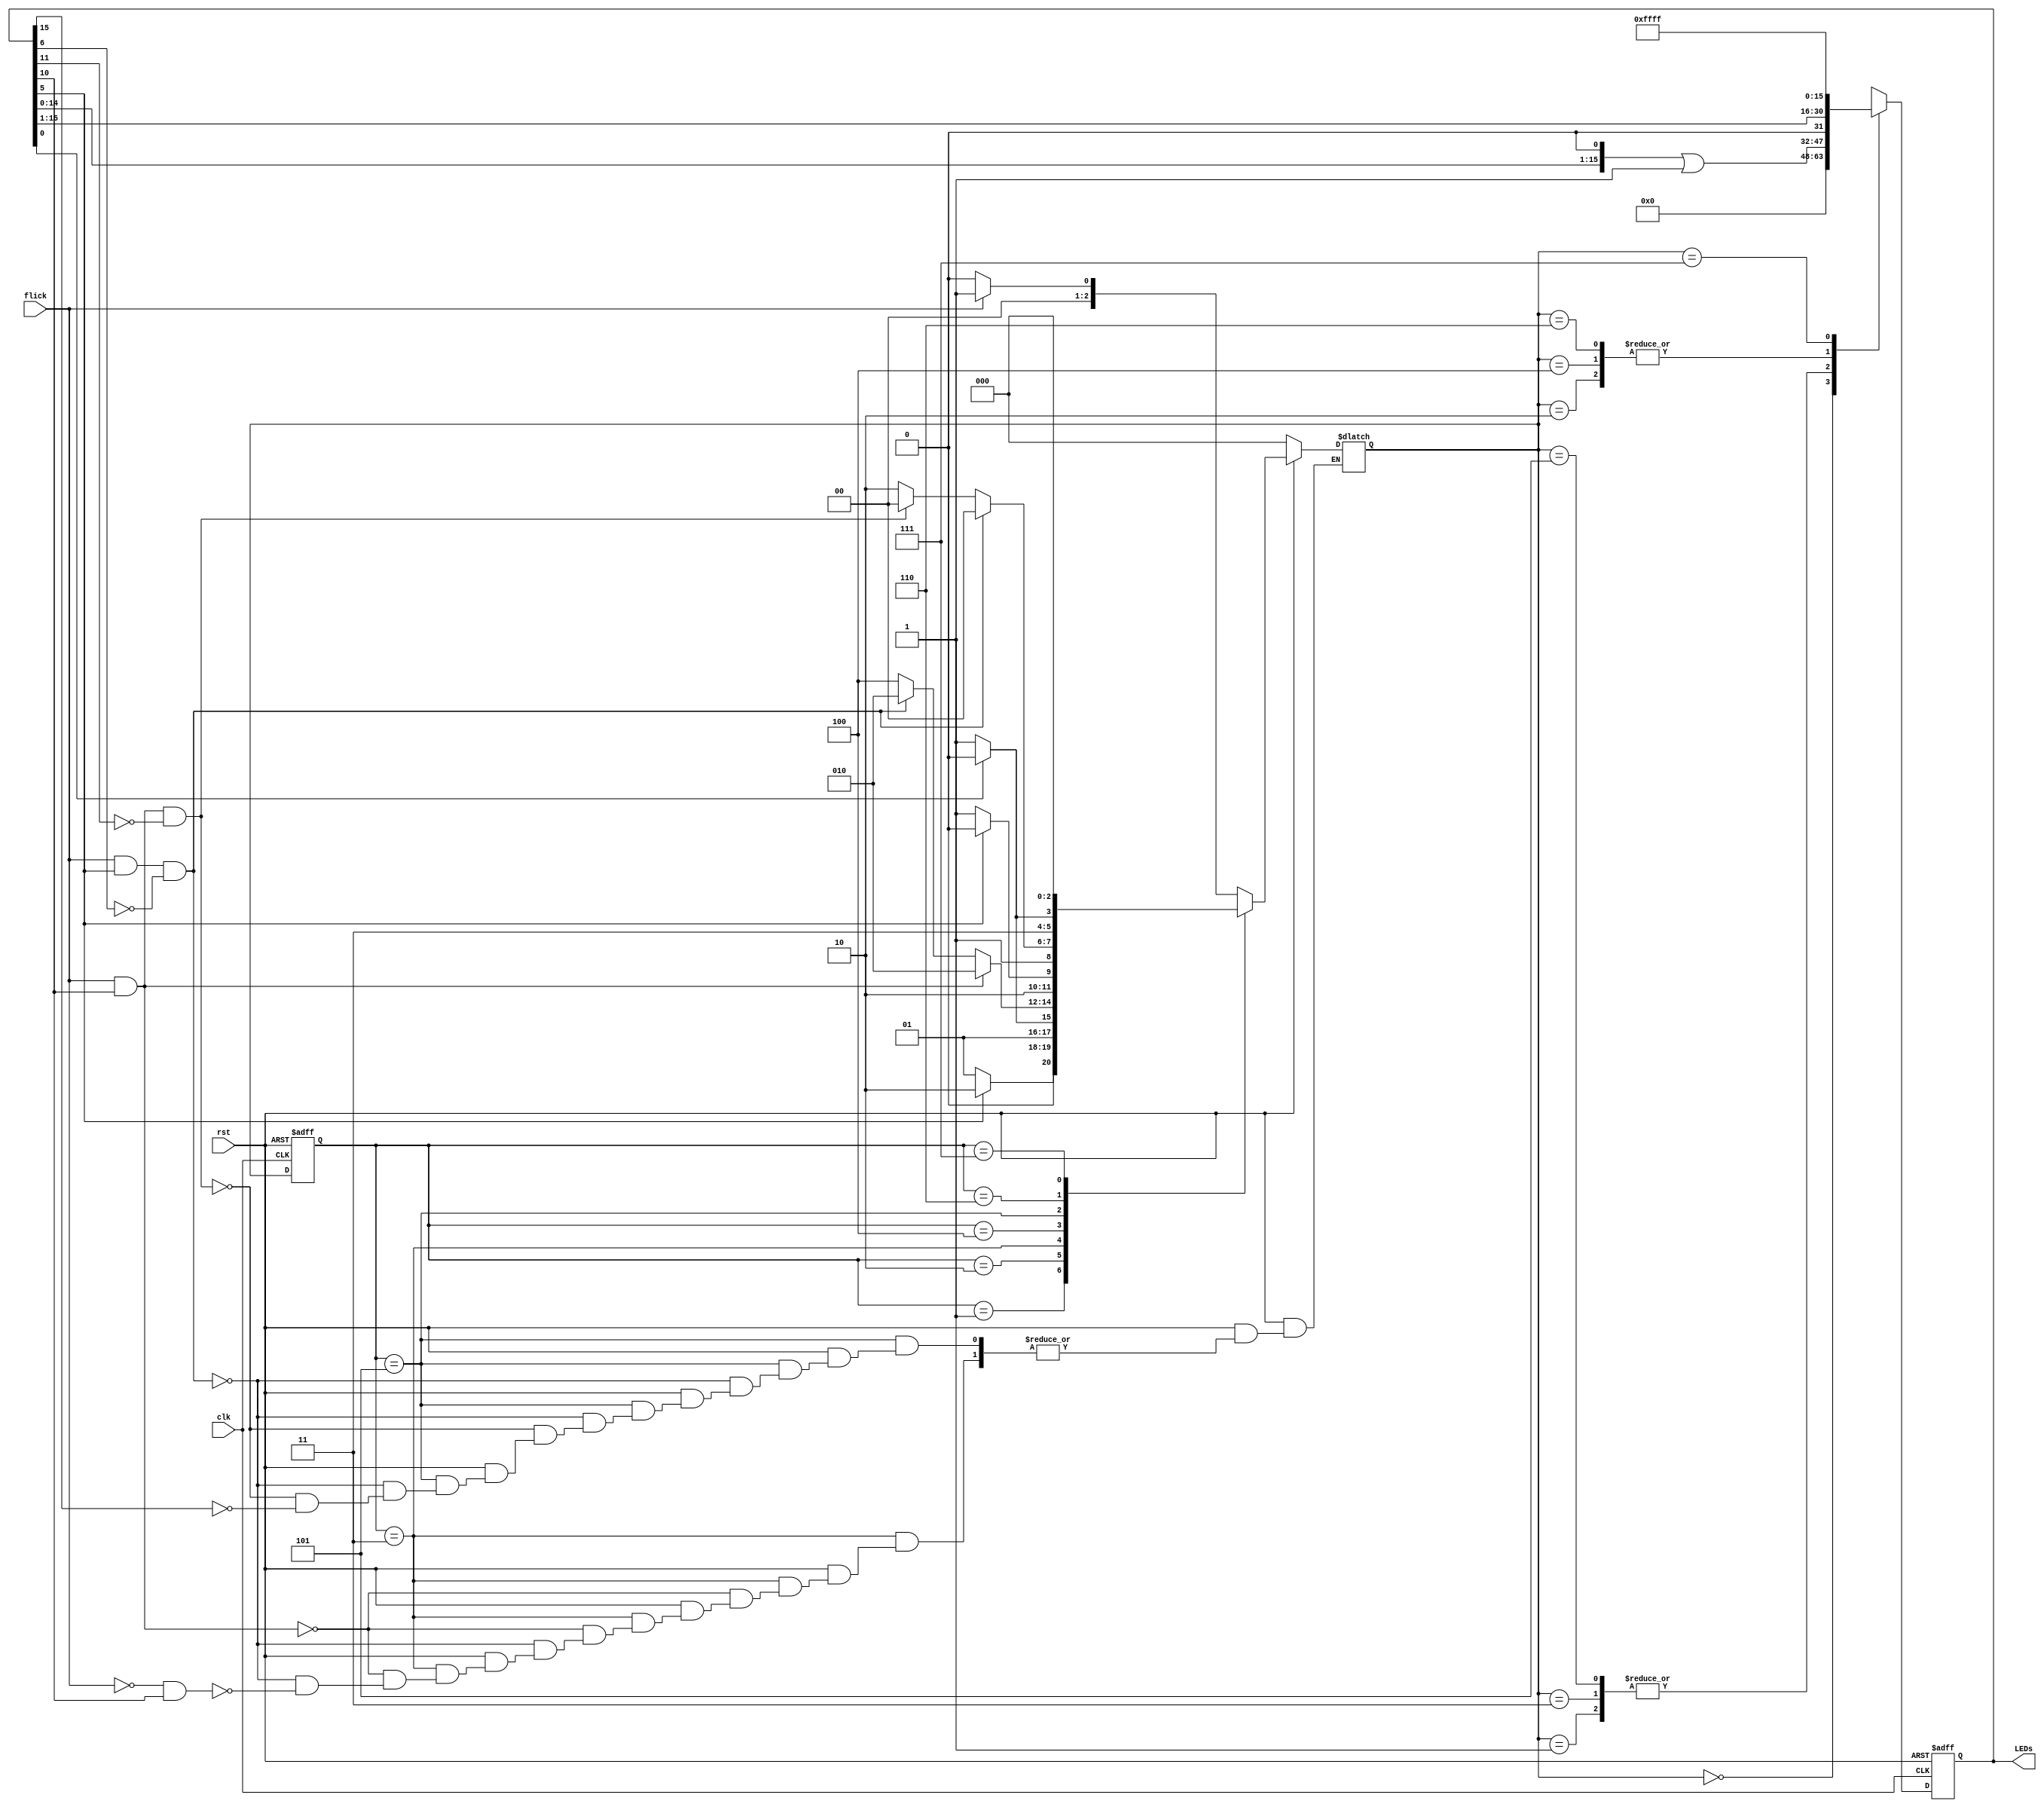
module bound_flasher(
    input wire rst,
    input wire clk,
    input wire flick,
    output reg [15:0] LEDs
);
    reg [2:0] next_state;
    reg [2:0] current_state;
    reg [15:0] LEDsTemp;

    parameter   INIT            =  3'b000,
			    ON_0_TO_5 	    =  3'b001,
			    OFF_5_TO_0  	=  3'b010,
			    ON_0_TO_10  	=  3'b011,
			    OFF_10_TO_5  	=  3'b100,
			    ON_5_TO_15 	    =  3'b101,
                OFF_15_TO_0     =  3'b110,
                BLINK           =  3'b111;

// CLK    
    always @(posedge clk or negedge rst) begin
        if (rst == 1'b0) begin
            current_state <= INIT;
            LEDs <= 16'b0;
        end
        else begin
            current_state <= next_state;
            LEDs <= LEDsTemp;
        end
    end

// Logic
    always @(next_state or LEDs) begin
        case (next_state)
            INIT: begin
                LEDsTemp = 16'b0;
            end
            ON_0_TO_5: begin
                LEDsTemp = (LEDs << 1) | 1;
            end
            OFF_5_TO_0: begin
                LEDsTemp = LEDs >> 1;
            end
            ON_0_TO_10: begin
                LEDsTemp = (LEDs << 1) | 1;
            end
            OFF_10_TO_5: begin
                LEDsTemp = LEDs >> 1;
            end
            ON_5_TO_15: begin
                LEDsTemp = (LEDs << 1) | 1;
            end
            OFF_15_TO_0: begin
                LEDsTemp = LEDs >> 1;
            end
            BLINK: begin
                LEDsTemp = 16'b1111111111111111;
            end
            default: LEDsTemp = 16'b0;
        endcase
    end
    
    
// state   
    always @(flick or current_state or LEDs or rst) begin
        if (rst == 1'b0) begin
            next_state = INIT;
        end
        else begin
            case (current_state)
                INIT: begin
                    next_state = (flick == 1) ? ON_0_TO_5 : INIT;
                end
                ON_0_TO_5: begin
                    next_state = (LEDs[5] == 1) ? OFF_5_TO_0 : ON_0_TO_5;
                end
                OFF_5_TO_0: begin
                    next_state = (LEDs[0] == 0) ? ON_0_TO_10 : OFF_5_TO_0;
                end
                ON_0_TO_10: begin
                    if (flick == 1 && LEDs[10] == 1) begin
                        next_state = OFF_5_TO_0;
                    end
                    else if (flick == 1 && LEDs[5] == 1 && LEDs[6] == 0) begin
                        next_state = OFF_5_TO_0;
                    end 
                    else if (flick == 0 && LEDs[10] == 1) begin
                        next_state = OFF_10_TO_5;
                    end 
                end
                OFF_10_TO_5: begin	
                    next_state = (LEDs[5] == 0) ? ON_5_TO_15 : OFF_10_TO_5;
                end
                ON_5_TO_15: begin
                    if (flick == 1 && LEDs[5] == 1 && LEDs[6] == 0) begin
                        next_state = OFF_10_TO_5;
                    end
                    else if (flick == 1 && LEDs[10] == 1 && LEDs[11] == 0) begin
                        next_state = OFF_10_TO_5;
                    end
                    else if (LEDs[15] == 1) begin
                        next_state = OFF_15_TO_0;
                    end 
                end
                OFF_15_TO_0: begin
                    next_state = (LEDs[0] == 0) ? BLINK : OFF_15_TO_0;
                end
                BLINK:
                    next_state = INIT;
                default: next_state = INIT;
            endcase
        end
    end

endmodule